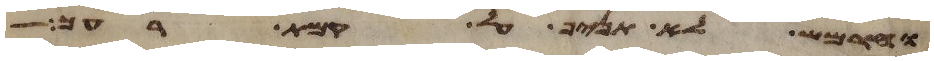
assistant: וחרמש לא תניף על קמת רעך